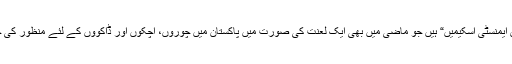
یہ وہی ”ٹیکس ایمنسٹی اسکیمیں“ ہیں جو ماضی میں بھی ایک لعنت کی صورت میں پاکستان میں چوروں، اچکوں اور ڈاکوؤں کے لئے منظور کی جاتی رہی ہیں۔